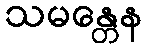
သမန္တေန